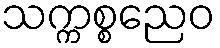
သက္ကစ္စညေဝ